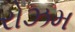
રોઝમ